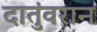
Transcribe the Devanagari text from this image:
दातुंवरान